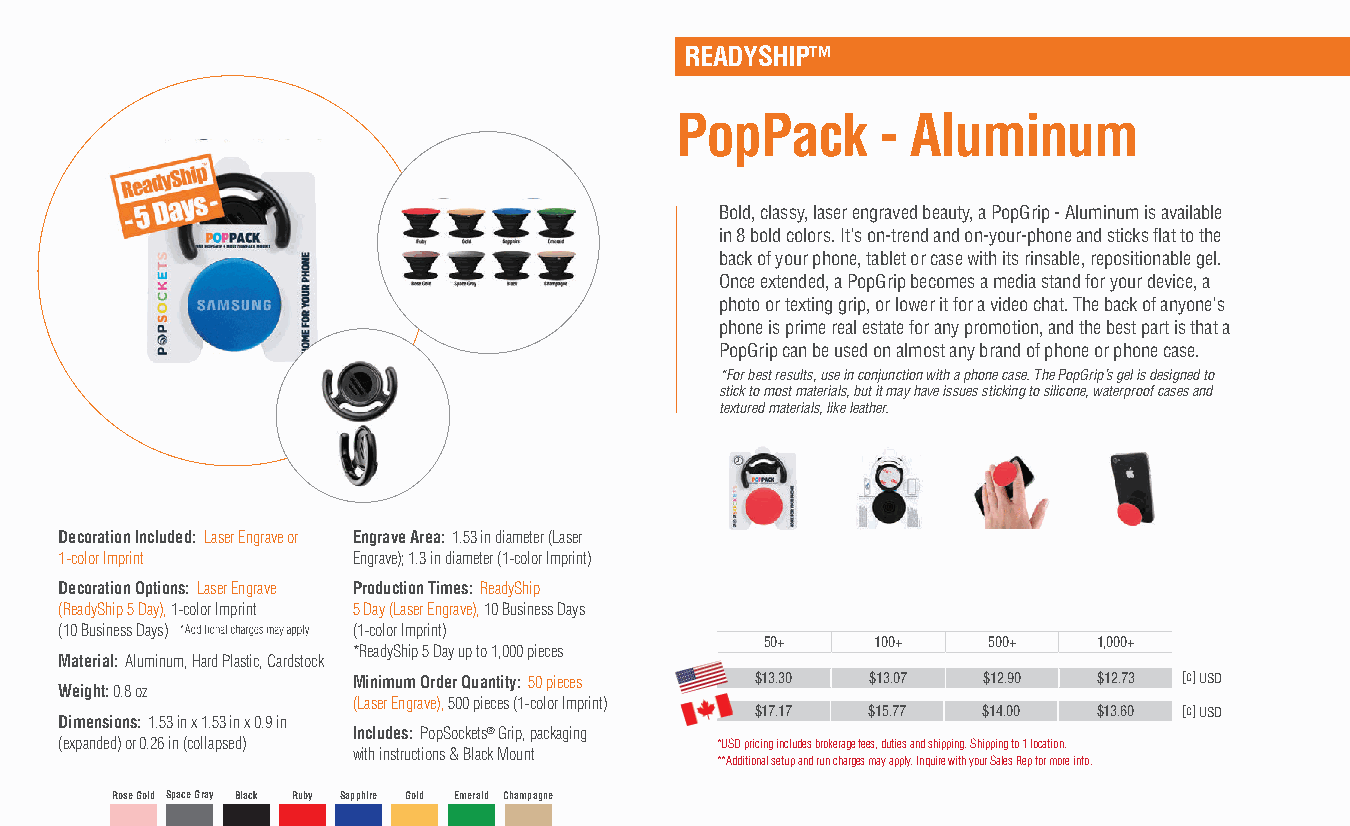
READYSHIP™
 PopPack      - Aluminum
 Bold, classy, laser engraved beauty, a PopGrip - Aluminum is available
 in 8 bold colors. It's on-trend and on-your-phone and sticks flat to the
 back of your phone, tablet or case with its rinsable, repositionable gel.
 Once extended, a PopGrip becomes a media stand for your device, a
 photo or texting grip, or lower it for a video chat. The back of anyone's
 phone is prime real estate for any promotion, and the best part is that a
 PopGrip can be used on almost any brand of phone or phone case.
 *For best results, use in conjunction with a phone case. The PopGrip’s gel is designed to
 stick to most materials, but it may have issues sticking to silicone, waterproof cases and
 textured materials, like leather.
 Decoration Included: Laser Engrave or Engrave Area: 1.53 in diameter (Laser
 1-color Imprint    Engrave); 1.3 in diameter (1-color Imprint)
 Decoration Options: Laser Engrave Production Times: ReadyShip
 (ReadyShip 5 Day), 1-color Imprint 5 Day (Laser Engrave), 10 Business Days
 (10 Business Days) (1-color Imprint)
 50+    100+   500+    1,000+
 *ReadyShip 5 Day up to 1,000 pieces
 Material: Aluminum, Hard Plastic, Cardstock
 Minimum Order Quantity: 50 pieces $13.30 $13.07 $12.90 $12.73 [c] USD
 Weight: 0.8 oz
 (Laser Engrave), 500 pieces (1-color Imprint)
 $17.17 $15.77  $14.00  $13.60 [c] USD
 Dimensions: 1.53 in x 1.53 in x 0.9 in
 Includes: PopSockets® Grip, packaging
 (expanded) or 0.26 in (collapsed)          *USD pricing includes brokerage fees, duties and shipping. Shipping to 1 location.
 with instructions & Black Mount
 **Additional setup and run charges may apply. Inquire with your Sales Rep for more info.
 Rose Gold Space Gray Black Ruby Sapphire Gold Emerald Champagne